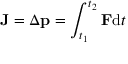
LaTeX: \mathbf { J } = \Delta \mathbf { p } = \int _ { t _ { 1 } } ^ { t _ { 2 } } \mathbf { F } \mathrm { d } t